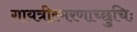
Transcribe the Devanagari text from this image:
गायत्रीस्मरणाच्छुचिः